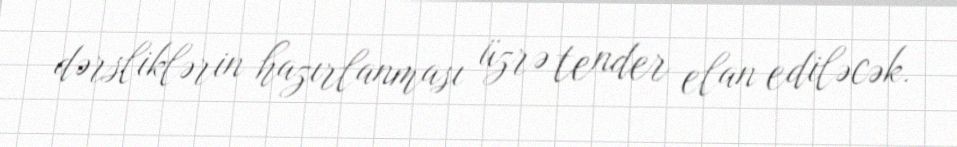
dərsliklərin hazırlanması üzrə tender elan ediləcək.